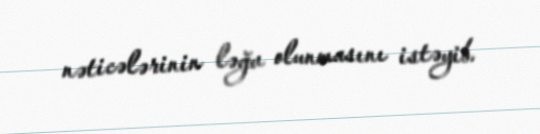
nəticələrinin ləğv olunmasını istəyib.